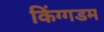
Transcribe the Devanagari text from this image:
किंग्गडम